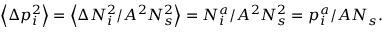
\left\langle \Delta p _ { i } ^ { 2 } \right\rangle = \left\langle \Delta N _ { i } ^ { 2 } / A ^ { 2 } N _ { s } ^ { 2 } \right\rangle = N _ { i } ^ { a } / A ^ { 2 } N _ { s } ^ { 2 } = p _ { i } ^ { a } / A N _ { s } .